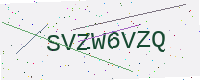
Text: SVZW6VZQ